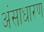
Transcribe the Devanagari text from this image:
अंसाधारण